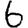
Digit: 6